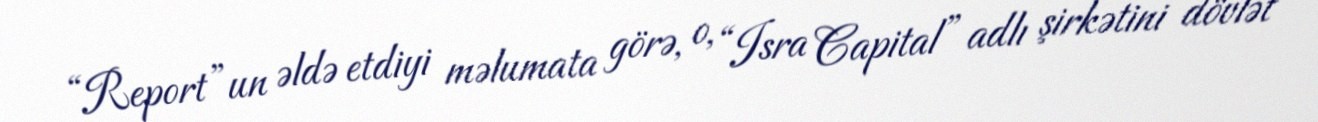
“Report”un əldə etdiyi məlumata görə, o, “Isra Capital” adlı şirkətini dövlət